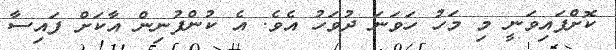
ކޮށްފައިވަނީ މި މަހު ހަވަނަ ދުވަހު އެވެ. އެ ކުންފުނިން އާކަށް ފައިސާ